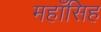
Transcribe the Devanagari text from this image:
महाँसिह